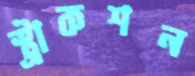
স্ট্রাকশন